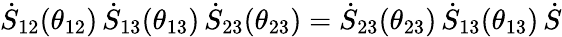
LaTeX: \dot{S}_{12}(\theta_{12})\, \dot{S}_{13}(\theta_{13})\, \dot{S}_{23}(\theta_{23})=\dot{S}_{23}(\theta_{23})\, \dot{S}_{13}(\theta_{13})\, \dot{S}